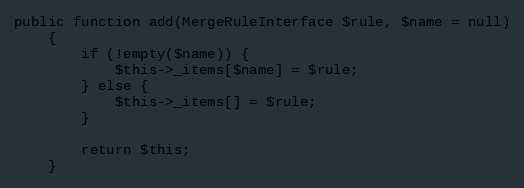
Language: PHP
public function add(MergeRuleInterface $rule, $name = null)
	{
	    if (!empty($name)) {
	    	$this->_items[$name] = $rule;
	    } else {
	    	$this->_items[] = $rule;
	    }

	    return $this;
	}